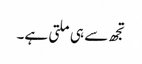
تجھ سے ہی ملتی ہے۔